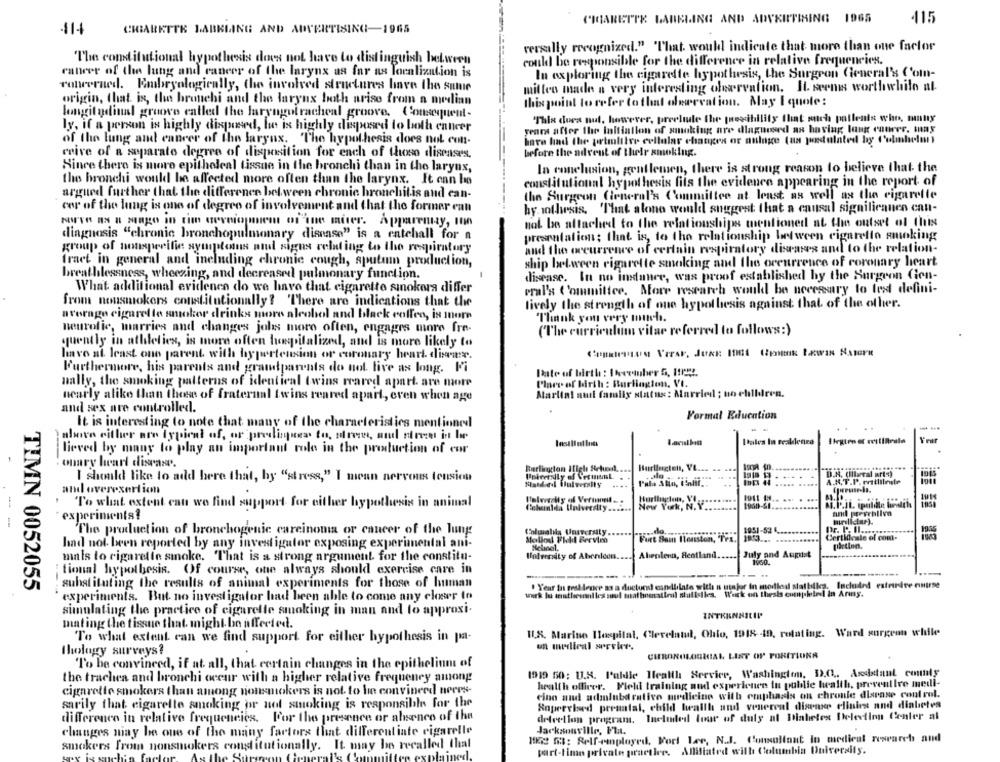
CIGARETTE LABELING AND ADVKITIAI
1965
115
11-
CHIARETTE LABELING AND ADVERTISING-1965
versally recognized." That would indicate that- more than one factor
The comdilutionn
pothesis does not have to distinguish between
could be responsible for the difference in relative frequencies.
cancer of the lung and cancer of the larynx as far as localization is
In exploring the cigarette hypothesis, the Surgeon General's Com-
rotweerned. Embryologically, the involved structures have the same
mittes made a very interesting ofvarvation. It seems worthwhile al
origin, that is, the bronchi and the larynx both arise from a median
this point to refer to that olewevation. May I quote:
longitudinal groove called the laryngotracheal groove. Consequent.
"This does nul, however, prevlude the theshilily that much patients who, tunny
ly, if a person is highly disposed, but is highly disposed to both cancer
years after the initiation of smoking ure diagnosed as having lang couver, may
of the lung and cancer of the larynx. The hypothesis does not con-
have had the primitive cellular changes or nulnge (as postulated by t'ulmhelen
ceive of a separate degree of disposition for each of those diseases.
before the advent of their smoking.
Since there is more epitheleal tissue in the bronchi than in the larynx,
In conclusion, gentlemen, there is strong reason to believe that the
the bronchi would be affected more often than the larynx. It can be
constitutional hypothesis fils the evidence appearing in the report of
argued further that the difference between chronic bronchitis and can-
the Surgeon General's Committee at least as well as the cigarette
cor of the lung is one of degree of involvement and that the former can
hy rothesis. 'That alono would suggest that a causal significanen cant-
Apparently, 100
not be attached to the relationships mentioned at the outset of this
diagnosis "chronic bronchopulmonary disease" is a catchall for a
presentations; that is, to the relationship between cigarello smoking
group of nousperifie symptoms and signs relating to tho respiratory
and the occurrence of certain respiratory diseases and to the relation-
fract in general and including chronic cough, sputum production,
ship between cigarette smoking and the occurrence of coronary heart
breathlessness, wheezing, and decreased pulmonary function.
disease. In no indanee, was proof established by the Surgeon Gon-
What additional evidlenen do we have that cigarette smokera differ
oral's Committee. More research would be necessary to les defini-
from nousmokers constitutionally ? 'There are indications that the
lively the strength of one hypothesis against that of the other.
average cigarette smokor drinks more alcohol and black coffee, is more
Thank you very much.
neurofic, marries and changes johns more often, engages more fre-
(The curriculum vitae referred to follows:)
quently in athletics, is more often hospitalized, and is more likely to
linvo al least one parent with hypertension or coronary heart. disons.
Furthermore, his parents and grandparents do not five as long. Fi
Fate of birth : Ikeember 5, 11132.
Bally, the smoking patterns of identical twins reared apart are more
Place of birth : Burlington, VI.
nearly alike than theese of fraternal twins reared apart, even when age
Marlial quil family status: Married ; no children.
and sex are controlled.
Formal Education
It is interesting to note that many of the characteristics mentioned
above either are typical of, or predlignes to, arow, and street in le
lieved by many to play an important role in the production of cor
---
-
ouary heart disease.
Burlington, VL ... .
D.A. (llaral art:)
I should like to add here that, by "stress," I mean nervous tension
University of Vermont.
Ip 44
A.K.T.P. mitlibre
and overexertion
To what extent can we find support for either hypothesis in animal
...
1911 11 .. ...
Cehunlda University ......
New York, N.Y.
1900-SI.
experiments?
and prevrblive
The production of bronchogenic carcinoma or cancer of the lung
Colwalla University
1951-52 6.
Mollo Phill Becvim
Furt Baun Ilenston, TFa.
Certificate of comt-
had not been reported by any investigator exposing experimental ani-
mals to cigarette smoke. That is a strong argument for the constitu-
Wodversity of Aberloon
Abepleni, Rentland.
July and August
1960.
tional hypothesis. Of course, one always should exercise care in
substituting the results of animal experiments for those of human
. Year Su gest lence sa a ductor) eandbilate with a major in modlos salbikes. Included estourdre enirse
TIMN 0052055
wurk lu teintheenniles soul mal hosalleul siulisilea. Work on thesis completed in Army.
experiments. But no investigator had been able to come any closer to
simulating the practice of cigarette smoking in man and to approxi.
INTRENNILIP
mating the tissue that might be affected.
U.S. Marine Hospital, Clerelatul, Ohio, 1918 -19, rotating. Ward surgeon while
To what extent can we find support for either hypothesis in pa-
on medical service.
thology surveys?
CHRON
HIAL LIST OF PORITIONA
To be convinced, if at all, that certain changes in the epithelium of
the trachea and bronchi occur with a higher relative frequency among
1919 50: U.8. P'aldie Health Service, Washington, D.O ., Assistant county
health officer. Fichl training and experience in public health, preventive medl-
cigarette smokers than an
okers is not to be convinced neres-
Fino ad admlubdeative medicine with emphasis on chronle disease control.
sarily that cigarette smoking or not smoking is responsible for the
Supervised prenatal, child health and venereal disense clinics and diabetes
difference in relative frequencies. For the presence or absence of the
detrellon program. Included tour of duty at Diabetes Delection Center al
changes may be one of the many factors that differentiate cigarelle
Jacksonville, Fla.
1KS mi: Self-employed, Fort Lee, N.J. Consultant in medical research and
smokers From nonsmokers constitutionally. It may be recalled that
part-time private practice. Allifiated with Columbia University.
sex is suchin faclor. Asi
the Surgeon
eneral
lained